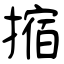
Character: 摍